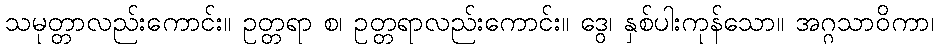
သမုတ္တာလည်းကောင်း။ ဥတ္တရာ စ၊ ဥတ္တရာလည်းကောင်း။ ဒွေ၊ နှစ်ပါးကုန်သော။ အဂ္ဂသာဝိကာ၊